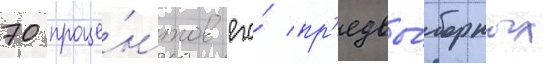
70 проце́нтов его́ пр'едвы́борных